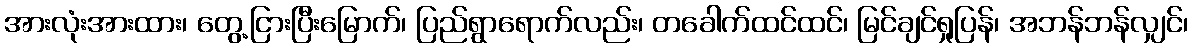
အားလုံးအားထား၊ တွေ့ငြားပြီးမြောက်၊ ပြည်ရွာရောက်လည်း၊ တခေါက်ထင်ထင်၊ မြင်ချင်ရှုပြန်၊ အဘန်ဘန်လျှင်၊